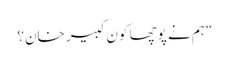
“ ہم نے پوچھا کون کبیر خان؟